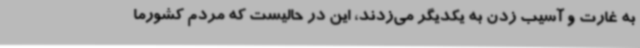
به غارت و آسیب زدن به یکدیگر می‌زدند، این در حالیست که مردم کشورما